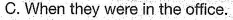
C.When they were in the office.